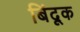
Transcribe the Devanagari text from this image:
बिंदूक